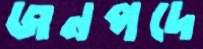
জনপদে